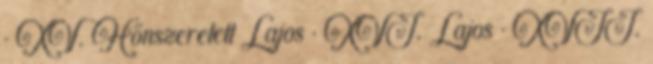
· XV. Hőnszeretett Lajos · XVI. Lajos · XVII.